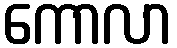
ကောလာ